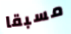
مسبقا